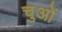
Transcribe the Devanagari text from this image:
चुओं